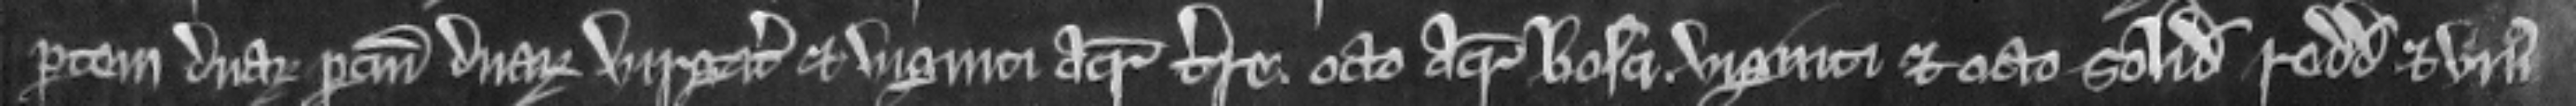
partem duarum parcium duarum virgatarum et viginti acrarum terre. octo acram bosci. viginti et octo solidorum redditus et unius